Lunatic asylums in Bengal annual reports 1899-1911 - 1899-1911
Year: 1899
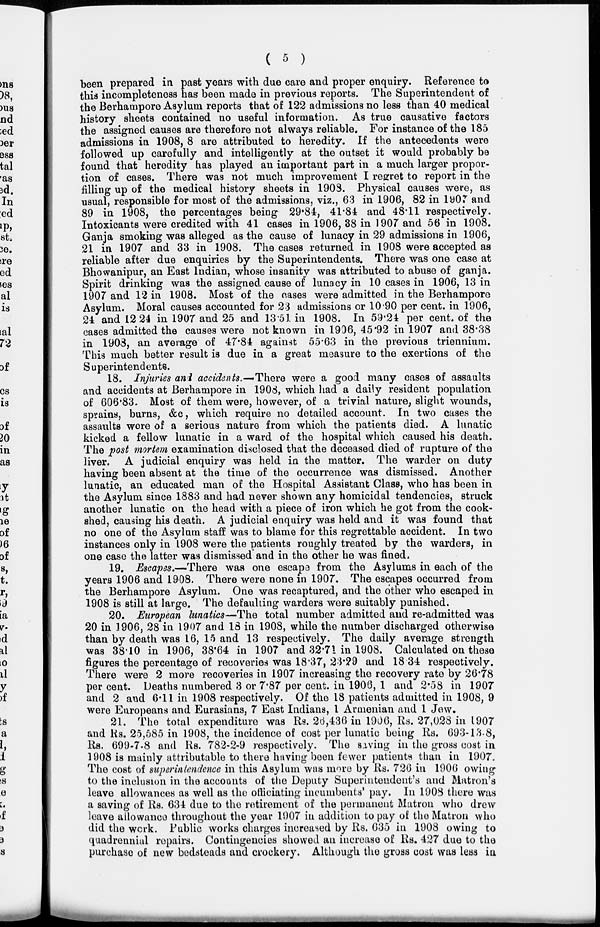
( 5 )
been prepared in past years with due care and proper enquiry. Reference to
this incompleteness has been made in previous reports. The Superintendent of
the Berhampore Asylum reports that of 122 admissions no less than 40 medical
history sheets contained no useful information. As true causative factors
the assigned causes are therefore not always reliable. For instance of the 185
admissions in 1908, 8 are attributed to heredity. If the antecedents were
followed up carefully and intelligently at the outset it would probably be
found that heredity has played an important part in a much larger propor-
tion of cases. There was not much improvement I regret to report in the
filling up of the medical history sheets in 1903. Physical causes were, as
usual, responsible for most of the admissions, viz., 63 in 1906, 82 in 1907 and
89 in 1908, the percentages being 29.84, 41.84 and 48.11 respectively.
Intoxicants were credited with 41 cases in 1906, 38 in 1907 and 56 in 1908.
Ganja smoking was alleged as the cause of lunacy in 29 admissions in 1906,
21 in 1907 and 33 in 1908. The cases returned in 1908 were accepted as
reliable after due enquiries by the Superintendents. There was one case at
Bhowanipur, an East Indian, whose insanity was attributed to abuse of ganja.
Spirit drinking was the assigned cause of lunacy in 10 cases in 1906, 13 in
1907 and 12 in 1908. Most of the cases were admitted in the Berhampore
Asylum. Moral causes accounted for 23 admissions or 10.90 per cent. in 1906,
24 and 12.24 in 1907 and 25 and 13.51 in 1908. In 59.24 per cent. of the
cases admitted the causes were not known in 1906, 45.92 in 1907 and 38.38
in 1903, an average of 47.84 against 55.63 in the previous triennium.
This much better result is due in a great measure to the exertions of the
Superintendents.
18. Injuries and accidents.—-There were a good many cases of assaults
and accidents at Berhampore in 1908, which had a daily resident population
of 606.83. Most of them were, however, of a trivial nature, slight wounds,
sprains, burns, &c, which require no detailed account. In two cases the
assaults were of a serious nature from which the patients died. A lunatic
kicked a fellow lunatic in a ward of the hospital which caused his death.
The post mortem examination disclosed that the deceased died of rupture of the
liver. A judicial enquiry was held in the matter. The warder on duty
having been absent at the time of the occurrence was dismissed. Another
lunatic, an educated man of the Hospital Assistant Class, who has been in
the Asylum since 1883 and had never shown any homicidal tendencies, struck
another lunatic on the head with a piece of iron which he got from the cook-
shed, causing his death. A judicial enquiry was held and it was found that
no one of the Asylum staff was to blame for this regrettable accident. In two
instances only in 1908 were the patients roughly treated by the warders, in
one case the latter was dismissed and in the other he was fined.
19. Escapes.—There was one escape from the Asylums in each of the
years 1906 and 1908. There were none in 1907. The escapes occurred from
the Berhampore Asylum. One was recaptured, and the other who escaped in
1908 is still at large. The defaulting warders were suitably punished.
20. European lunatics—The total number admitted and re-admitted was
20 in 1906, 28 in 1907 and 18 in 1908, while the number discharged otherwise
than by death was 16, 15 and 13 respectively. The daily average strength
was 38.10 in 1906, 38'64 in 1907 and 32.71 in 1908. Calculated on these
figures the percentage of recoveries was 18.37, 23.29 and 18.34 respectively.
There were 2 more recoveries in 1907 increasing the recovery rate by 26.78
per cent. Deaths numbered 3 or 7.87 per cent. in 1906, 1 and 2.58 in 1907
and 2 and 6.11 in 1908 respectively. Of the 18 patients admitted in 1908, 9
were Europeans and Eurasians, 7 East Indians, 1 Armenian and 1 Jew.
21. The total expenditure was Rs. 26,436 in 1906, Rs. 27,028 in 1907
and Rs. 25,585 in 1908, the incidence of cost per lunatic being Rs. 693-13-8,
Rs. 699-7-8 and Rs. 782-2-9 respectively. The saving in the gross cost in
1908 is mainly attributable to there having been fewer patients than in 1907.
The cost of superintendence in this Asylum was more by Rs. 726 in 1906 owing
to the inclusion in the accounts of the Deputy Superintendent's and Matron's
leave allowances as well as the officiating incumbents' pay. In 1908 there was
a saving of Rs. 634 due to the retirement of the permanent Matron who drew
leave allowance throughout the year 1907 in addition to pay of the Matron who
did the work. Public works charges increased by Rs. 635 in 1908 owing to
quadrennial repairs. Contingencies showed an increase of Rs. 427 due to the
purchase of new bedsteads and crockery. Although the gross cost was less in